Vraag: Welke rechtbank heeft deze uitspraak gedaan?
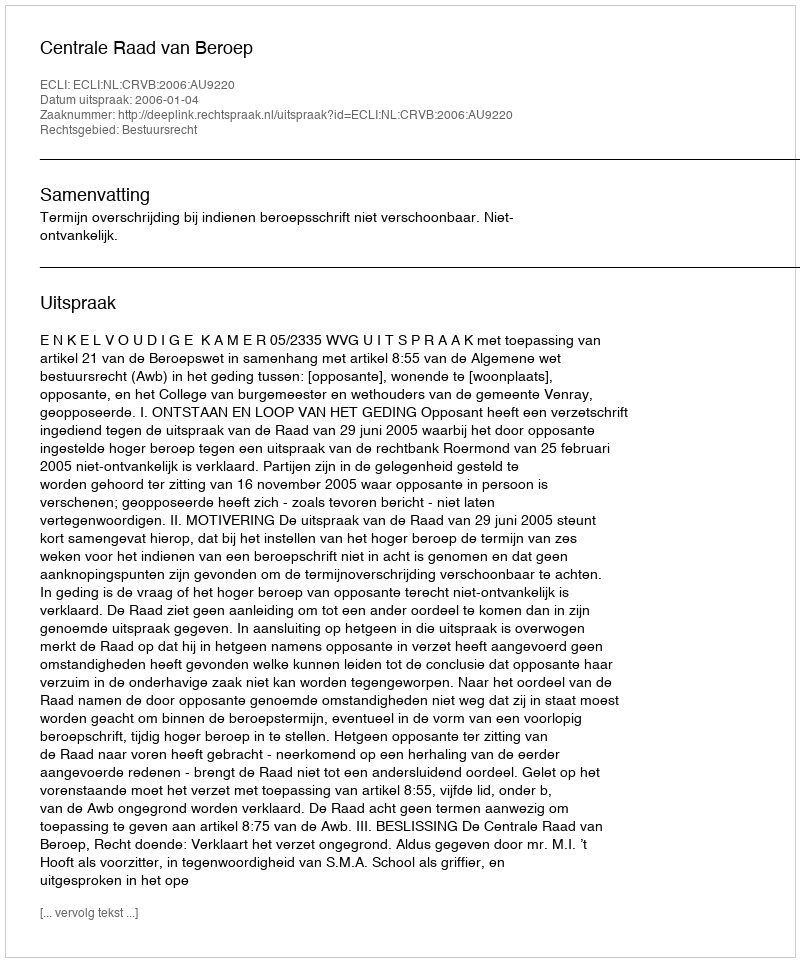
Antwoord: Centrale Raad van Beroep